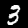
Digit: 3